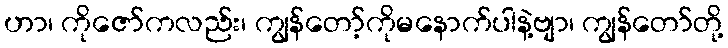
ဟာ၊ ကိုဇော်ကလည်း၊ ကျွန်တော့်ကိုမနောက်ပါနဲ့ဗျာ၊ ကျွန်တော်တို့